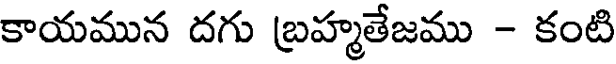
కాయమున దగు బ్రహ్మతేజము - కంటి